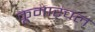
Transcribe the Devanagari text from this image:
कूमार्ंचल